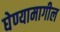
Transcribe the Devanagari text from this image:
घेण्यामागील